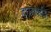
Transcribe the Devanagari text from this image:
हास्यकवि